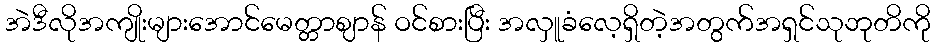
အဲဒီလိုအကျိုးများအောင်မေတ္တာဈာန် ဝင်စားပြီး အလှူခံလေ့ရှိတဲ့အတွက်အရှင်သုဘုတိကို